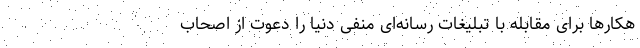
هکارها برای مقابله با تبلیغات رسانه‌ای منفی دنیا را دعوت از اصحاب